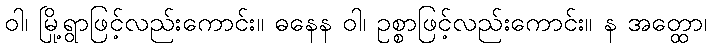
ဝါ၊ မြို့ရွာဖြင့်လည်းကောင်း။ ဓနေန ဝါ၊ ဥစ္စာဖြင့်လည်းကောင်း။ န အတ္ထော၊